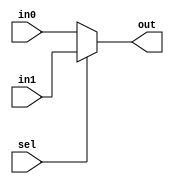
`timescale 1ns / 1ps

module Mux21_32 (
    input  [31:0] in0,
    input  [31:0] in1,
    input         sel,
    output [31:0] out
);

    assign out = sel ? in1 : in0;

endmodule